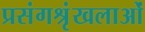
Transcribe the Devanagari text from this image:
प्रसंगश्रृंखलाओं